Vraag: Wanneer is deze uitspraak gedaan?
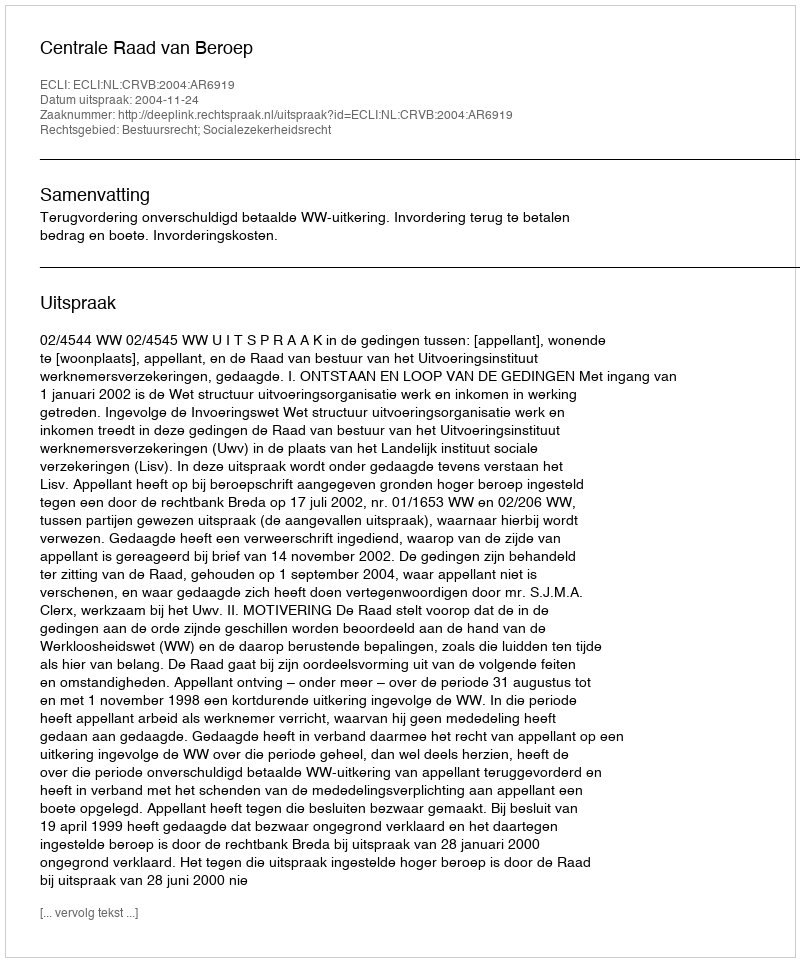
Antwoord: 2004-11-24